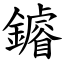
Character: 䥧